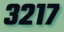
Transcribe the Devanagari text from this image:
३२१७